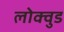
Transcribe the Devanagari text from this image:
लोक्वुड